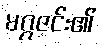
မဂ္ဂဇင်း၏